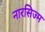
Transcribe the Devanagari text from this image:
नारसिज्म